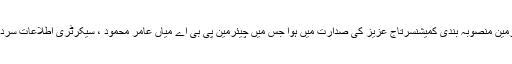
بدھ کو سپریم کورٹ کی ہدایت پر قائم پیمرا سرچ کمیٹی کا پہلا اجلاس ڈپٹی چیئرمین منصوبہ بندی کمیشنسرتاج عزیز کی صدارت میں ہوا جس میں چیئرمین پی بی اے میاں عامر محمود ، سیکرٹری اطلاعات سردار احمد نواز سکھیرا، حمید ہارون اور عارف نظامی نے اجلاس میں شرکت کی ۔